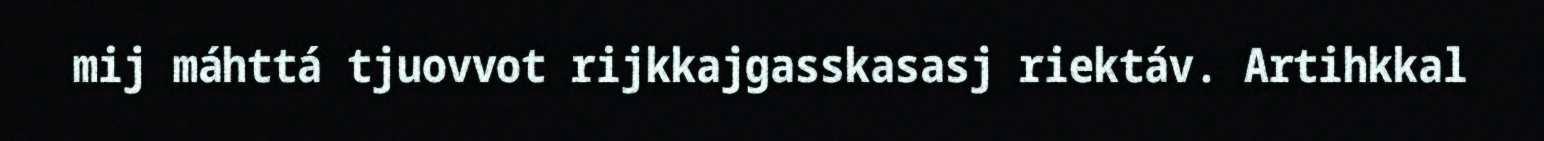
mij máhttá tjuovvot rijkkajgasskasasj riektáv. Artihkkal